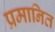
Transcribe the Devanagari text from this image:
प्रमानित